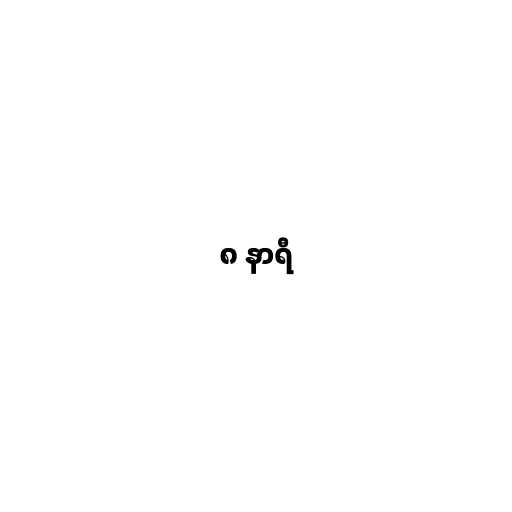
၈ နာရီ